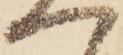
へ